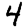
Digit: 4